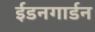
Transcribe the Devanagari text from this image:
ईडनगार्डन